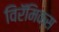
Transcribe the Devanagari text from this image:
विरॅमिक्स